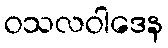
ဝသလဝါဒေန